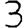
Digit: 3